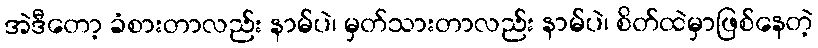
အဲဒီတော့ ခံစားတာလည်း နာမ်ပဲ၊ မှတ်သားတာလည်း နာမ်ပဲ၊ စိတ်ထဲမှာဖြစ်နေတဲ့